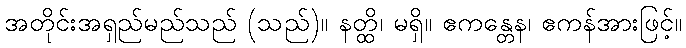
အတိုင်းအရှည်မည်သည် (သည်)။ နတ္ထိ၊ မရှိ။ ဧကန္တေန၊ ဧကန်အားဖြင့်။